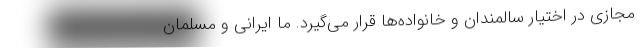
مجازی در اختیار سالمندان و خانواده‌ها قرار می‌گیرد. ما ایرانی و مسلمان